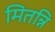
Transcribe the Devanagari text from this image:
मितन्नि